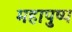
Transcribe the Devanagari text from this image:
महापुष्प